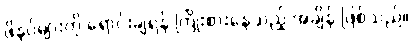
ဖိနပ်များကို ရောင်းချရန် ကြိုးစားနေသည့် အချိန် ဖြစ်သည်။